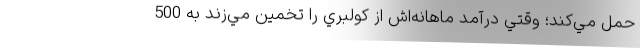
حمل مي‌كند؛ وقتي درآمد ماهانه‌اش از كولبري را تخمين مي‌زند به 500